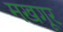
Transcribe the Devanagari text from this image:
मखगूर